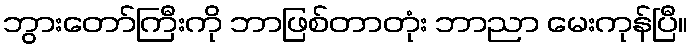
ဘွားတော်ကြီးကို ဘာဖြစ်တာတုံး ဘာညာ မေးကုန်ပြီ။